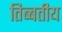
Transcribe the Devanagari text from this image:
तिब्बतीय